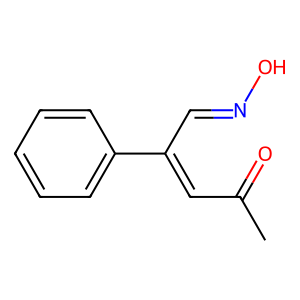
SMILES: CC(=O)C=C(C=NO)c1ccccc1
Inhibits HIV replication: No